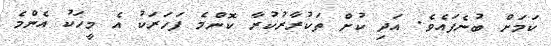
ކަމަށް ބުނެފައެވެ. އަދި ކުށް ތަކުރާރުކުރާ ކޮންމެ ފަހަރަކު އެ މީހަކު އެންމެ